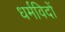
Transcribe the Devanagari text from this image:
धर्मविदों